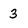
Character: 3